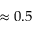
\approx 0 . 5